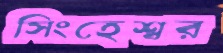
সিংহেশ্বর